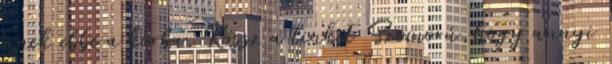
érnek ebbe a korba. Kössz a linket Szomorú,hogy annyi